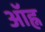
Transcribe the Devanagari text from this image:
ऑह्न